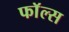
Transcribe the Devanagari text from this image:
फाॅल्स